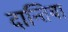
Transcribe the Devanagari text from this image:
दान्तिया